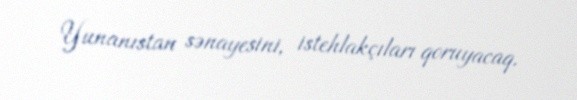
Yunanıstan sənayesini, istehlakçıları qoruyacaq.